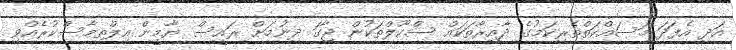
އަދި އެފަދަ މަސައްކަތްތެރިކަމުގެ ދާއިރާތަކައް ސްކޫލްތަކުން ޖާގަ ދިނުމަށް ރައީސް ޔާމީން އިލްތިމާސްކުރެއްވި